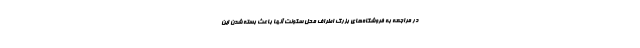
در مراجعه به فروشگاه‌های بزرگ اطراف محل سکونت آنها باعث بسته شدن این